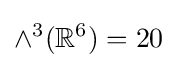
\wedge ^{3}(\mathbb {R} ^{6})=20